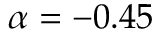
\alpha = - 0 . 4 5